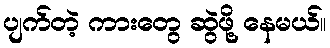
ပျက်တဲ့ ကားတွေ ဆွဲဖို့ နေမယ်။